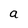
Character: a